Report of veterinary surgeon J.H. Steel, A.V.D., on his investigation into an obscure and fatal disease among transport mules in British Burma
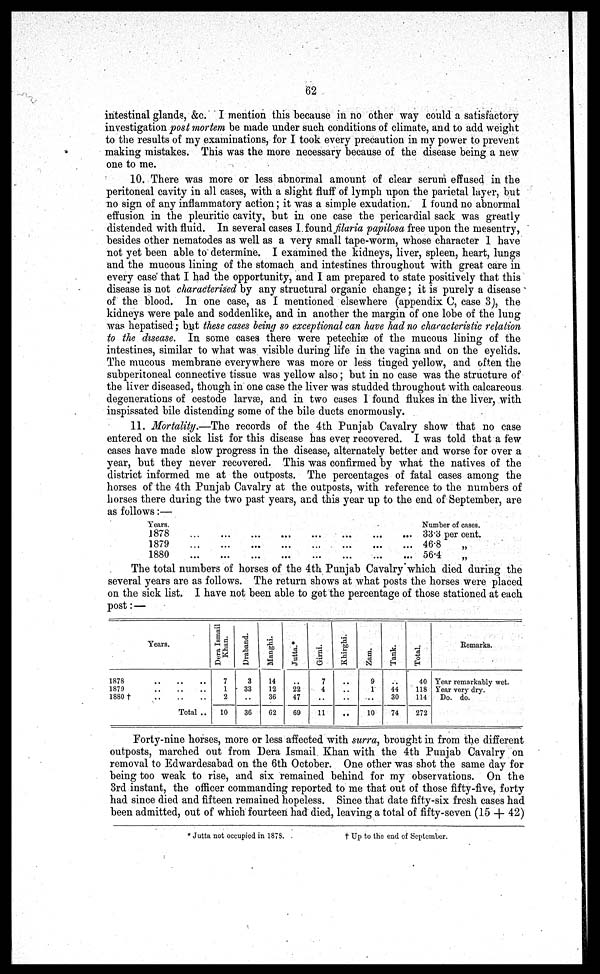
62
intestinal glands, &c. I mention this because in no other way could a satisfactory-
investigation post mortem be made under such conditions of climate, and to add weight
to the results of my examinations, for I took every precaution in my power to prevent
making mistakes. This was the more necessary because of the disease being a new
one to me.
10. There was more or less abnormal amount of clear serum effused in the
peritoneal cavity in all cases, with a slight fluff of lymph upon the parietal layer, but
no sign of any inflammatory action; it was a simple exudation. I found no abnormal
effusion in the pleuritic cavity, but in one case the pericardial sack was greatly
distended with fluid. In several cases I found filaria papilosa free upon the mesentry,
besides other nematodes as well as a very small tape-worm, whose character 1 have
not yet been able to determine. I examined the kidneys, liver, spleen, heart, lungs
and the mucous lining of the stomach and intestines throughout with great care in
every case that I had the opportunity, and I am prepared to state positively that this
disease is not characterised by any structural organic change; it is purely a disease
of the blood. In one case, as I mentioned elsewhere (appendix C, case 3), the
kidneys were pale and soddenlike, and in another the margin of one lobe of the lung
was hepatised; but these cases being so exceptional can have had no characteristic relation
to the disease. In some cases there were petechiae of the mucous lining of the
intestines, similar to what was visible during life in the vagina and on the eyelids.
The mucous membrane everywhere was more or less tinged yellow, and often the
subperitoneal connective tissue was yellow also; but in no case was the structure of
the liver diseased, though in one case the liver was studded throughout with calcareous
degenerations of cestode larvae, and in two cases 1 found flukes in the liver, with
inspissated bile distending some of the bile ducts enormously.
11. Mortality.—The records of the 4th Punjab Cavalry show that no case
entered on the sick list for this disease has ever recovered. I was told that a few
cases have made slow progress in the disease, alternately better and worse for over a
year, but they never recovered. This was confirmed by what the natives of the
district informed me at the outposts. The percentages of fatal cases among the
horses of the 4th Punjab Cavalry at the outposts, with reference to the numbers of
horses there during the two past years, and this year up to the end of September, are
as follows:—
Years.
1878
1879
1880
...
...
...
...
...
...
...
...
...
...
...
...
...
...
...
...
...
...
...
...
...
...
...
...
...
...
...
...
...
...
...
...
Number of cases.
33.3 per cent.
46.8
„
56.4
„
The total numbers of horses of the 4th Punjab Cavalry which died during the
several years are as follows. The return shows at what posts the horses were placed
on the sick list. I have not been able to get the percentage of those stationed at each
post: —
Years.
1878
1870
1880†
Total ..
Dera Ismail
Khan.
7
1
2
10
Draband
3
33
..
36
Manghi.
14
12
36
62
Jutta.*
..
22
47
69
Girni.
7
4
..
11
Khirghi.
..
..
..
..
Zam.
9
1
..
10
Tank.
..
44
30
74
Tot al .
40
118
114
272
Remarks.
Year remarkably wet.
Tear very dry.
Do. do.
Forty-nine horses, more or less affected with surra, brought in from the different
outposts, marched out from Dera Ismail Khan with the 4th Punjab Cavalry on
removal to Edwardesabad on the 6th October. One other was shot the same day for
being too weak to rise, and six remained behind for my observations. On the
3rd instant, the officer commanding reported to me that out of those fifty-five, forty
had since died and fifteen remained hopeless. Since that date fifty-six fresh cases had
been admitted, out of which fourteen had died, leaving a total of fifty-seven (15 + 42)
* Jutta not occupied in 1878.
†
Up to the end of September.